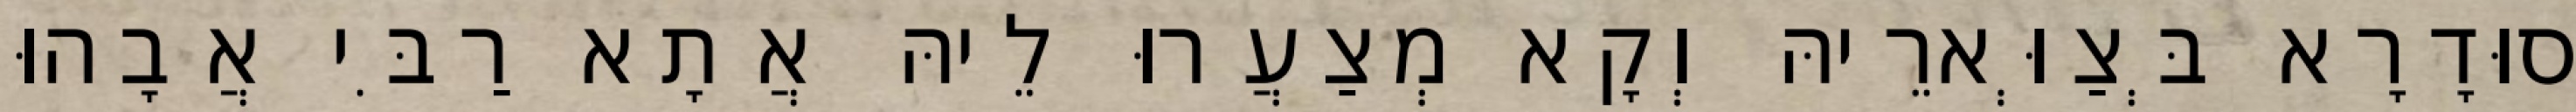
סוּדָרָא בְּצַוְּארֵיהּ וְקָא מְצַעֲרוּ לֵיהּ אֲתָא רַבִּי אֲבָהוּ